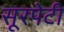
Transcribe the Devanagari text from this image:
सूरपेटी